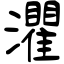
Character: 灈